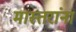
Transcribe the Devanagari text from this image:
मास्तरांना